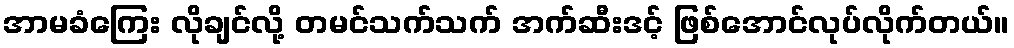
အာမခံကြေး လိုချင်လို့ တမင်သက်သက် အက်ဆီးဒင့် ဖြစ်အောင်လုပ်လိုက်တယ်။